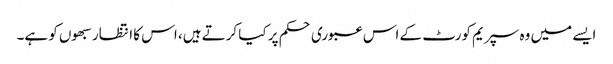
ایسے میں وہ سپریم کورٹ کے اس عبوری حکم پر کیا کرتے ہیں، اس کا انتظار سبھوں کو ہے۔